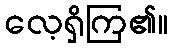
လေ့ရှိကြ၏။